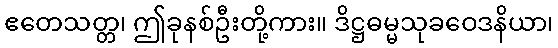
ဧတေသတ္တ၊ ဤခုနစ်ဦးတို့ကား။ ဒိဋ္ဌဓမ္မသုခဝေဒနိယာ၊